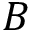
B